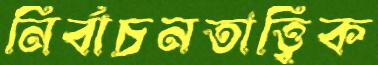
নির্বাচনতাত্ত্বিক